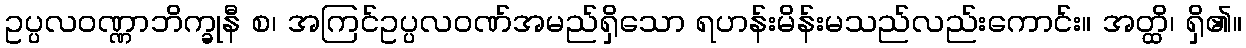
ဥပ္ပလဝဏ္ဏာဘိက္ခုနီ စ၊ အကြင်ဥပ္ပလဝဏ်အမည်ရှိသော ရဟန်းမိန်းမသည်လည်းကောင်း။ အတ္ထိ၊ ရှိ၏။